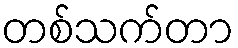
တစ်သက်တာ